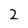
Character: 2